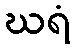
ဃရံ